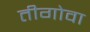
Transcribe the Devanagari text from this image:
तीगोवा